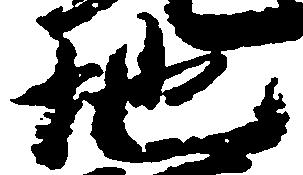
地